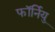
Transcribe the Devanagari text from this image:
फॉर्नियु